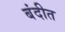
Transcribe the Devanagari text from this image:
बंदीत